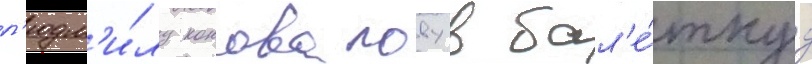
л'юдм'и́лу коновалову в бал'е́тнуу